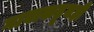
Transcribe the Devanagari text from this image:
गावाकडूनही